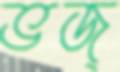
ভজ্‌